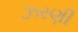
ઝરણી